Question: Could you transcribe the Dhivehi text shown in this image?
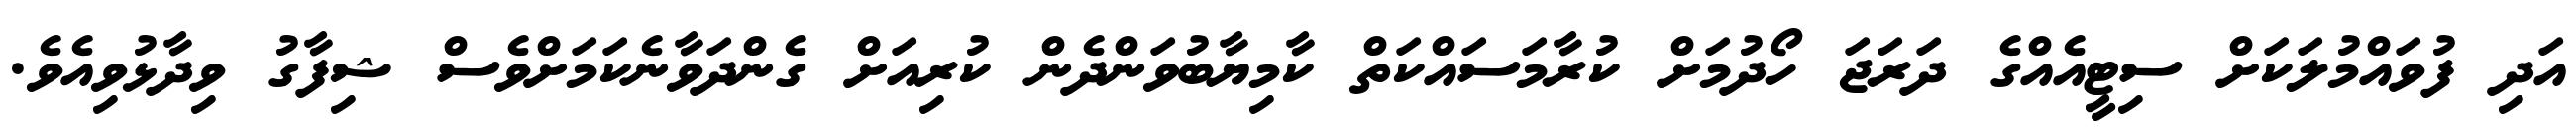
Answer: އަދި ފުވައްމުލަކަށް ސިޓީއެއްގެ ދަރަޖަ ހޯދުމަށް ކުރާމަސައްކަތް ކާމިޔާބުވަންދެން ކުރިއަށް ގެންދަވާނެކަމަށްވެސް ޝިފާގު ވިދާޅުވިއެވެ.